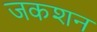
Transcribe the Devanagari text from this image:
जकशन